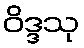
ဝိဒ္ဒသု